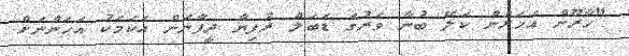
"ހާރޫން އަހަރެން ކަލޭ ބުނާ ވަރުގެ ޑަބަލް ރުފިޔާ ދީފާނަން އެކަމަކު އަހަންނަށް